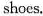
shocs.